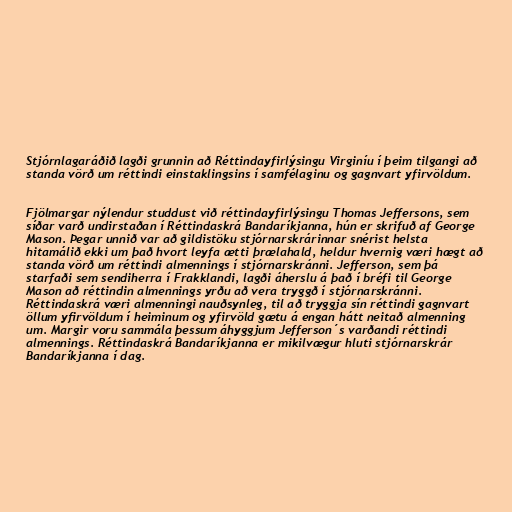
Stjórnlagaráðið lagði grunnin að Réttindayfirlýsingu Virginíu í þeim tilgangi að
standa vörð um réttindi einstaklingsins í samfélaginu og gagnvart yfirvöldum.

Fjölmargar nýlendur studdust við réttindayfirlýsingu Thomas Jeffersons, sem
síðar varð undirstaðan í Réttindaskrá Bandaríkjanna, hún er skrifuð af George
Mason. Þegar unnið var að gildistöku stjórnarskrárinnar snérist helsta
hitamálið ekki um það hvort leyfa ætti þrælahald, heldur hvernig væri hægt að
standa vörð um réttindi almennings í stjórnarskránni. Jefferson, sem þá
starfaði sem sendiherra í Frakklandi, lagði áherslu á það í bréfi til George
Mason að réttindin almennings yrðu að vera tryggð í stjórnarskránni.
Réttindaskrá væri almenningi nauðsynleg, til að tryggja sín réttindi gagnvart
öllum yfirvöldum í heiminum og yfirvöld gætu á engan hátt neitað almenning
um. Margir voru sammála þessum áhyggjum Jefferson´s varðandi réttindi
almennings. Réttindaskrá Bandaríkjanna er mikilvægur hluti stjórnarskrár
Bandaríkjanna í dag.